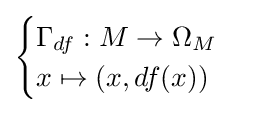
{\begin{cases}\Gamma _{df}:M\to \Omega _{M}\\x\mapsto (x,df(x))\end{cases}}